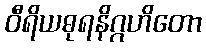
ဝီရိယဓုရနိဂ္ဂဟိတော